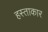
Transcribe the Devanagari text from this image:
हस्ताकार